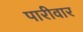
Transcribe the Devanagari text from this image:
पारीवार